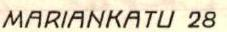
MARIANKATU 28